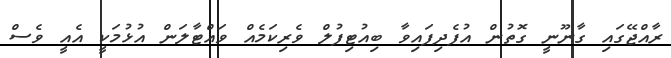
ރާއްޖޭގައި ގާނޫނީ ގޮތުން އުފެދިފައިވާ ބިއުޓިފުލް ވެރިކަމެއް ވައްޓާލަން އުޅުމަކީ އެއީ ވެސް